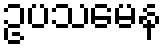
ဥပသမေန